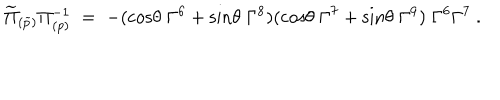
LaTeX: \widetilde \Pi _ { ( \widetilde p ) } \Pi _ { ( p ) } ^ { - 1 } \; = \; - ( \mathrm { c o s } \theta \; \Gamma ^ { 6 } + \mathrm { s i n } \theta \; \Gamma ^ { 8 } ) ( \mathrm { c o s } \theta \; \Gamma ^ { 7 } + \mathrm { s i n } \theta \; \Gamma ^ { 9 } ) \; \Gamma ^ { 6 } \Gamma ^ { 7 } \ .